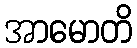
အာမောတိ